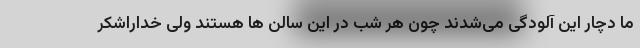
ما دچار این آلودگی می‌شدند چون هر شب در این سالن ها هستند ولی خداراشکر